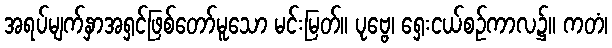
အရပ်မျက်နှာအရှင်ဖြစ်တော်မူသော မင်းမြတ်။ ပုဗ္ဗေ၊ ရှေးငယ်စဉ်ကာလ၌။ ကတံ၊